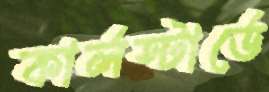
কার্লস্টার্ডে